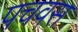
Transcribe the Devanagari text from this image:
पचवस